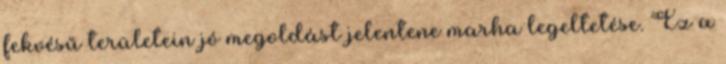
fekvésű területein jó megoldást jelentene marha legeltetése. Ez a